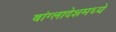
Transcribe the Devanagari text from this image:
बांग्लादेशमध्ये